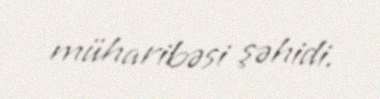
müharibəsi şəhidi.